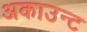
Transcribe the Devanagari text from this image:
अकाउन्ट